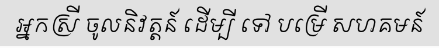
អ្នកស្រី ចូលនិវត្តន៍ ដើម្បី ទៅ បម្រើ សហគមន៍